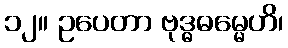
၁၂။ ဥပေတာ ဗုဒ္ဓဓမ္မေဟိ၊